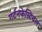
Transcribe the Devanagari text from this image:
गर्टनफेस्टिवल